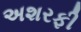
અશરફી